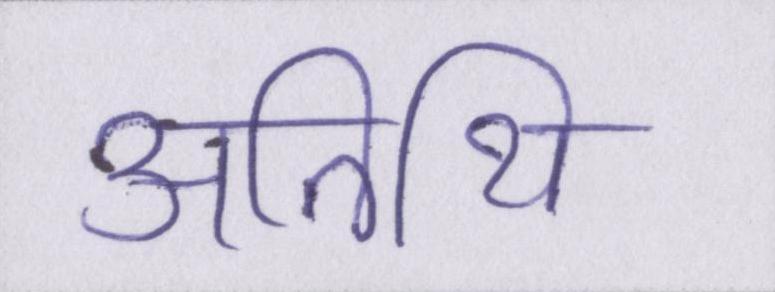
अतिथि